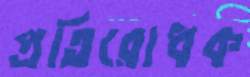
প্রতিরোধক